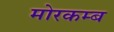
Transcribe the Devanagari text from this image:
मोरकम्ब